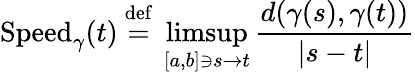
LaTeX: {\operatorname{Speed}_{\gamma}}(t)~{\stackrel{\mathrm{def}}{=}}~\operatorname*{limsup}_{[a,b]\ni s\to t}{\frac{d(\gamma(s),\gamma(t))}{|s-t|}}